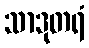
သာဒုတရံ